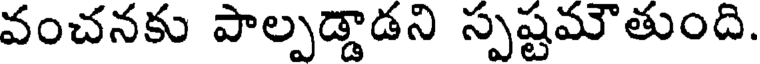
వంచనకు పాల్పడ్డాడని స్పష్టమౌతుంది.